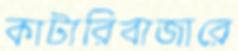
কাটারিবাজারে